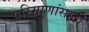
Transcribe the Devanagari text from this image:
परिमाणांसाठी